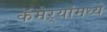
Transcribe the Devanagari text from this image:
कॅमेऱ्यांमध्ये